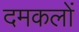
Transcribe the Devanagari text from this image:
दमकलों